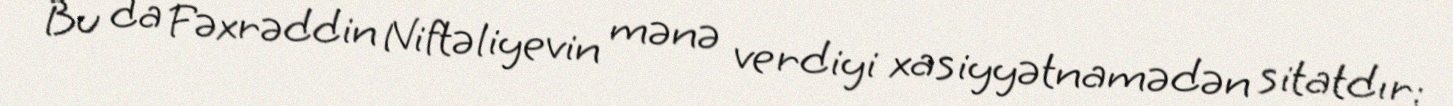
Bu da Fəxrəddin Niftəliyevin mənə verdiyi xasiyyətnamədən sitatdır: